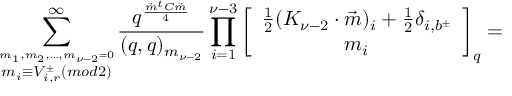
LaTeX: \sum _ { \stackrel { m _ { 1 } , m _ { 2 } , \ldots , m _ { \nu - 2 } = 0 } { m _ { i } \equiv V _ { i , r } ^ { \pm } ( m o d 2 ) } } ^ { \infty } \frac { q ^ { \frac { \vec { m } ^ { t } C \vec { m } } { 4 } } } { ( q , q ) _ { m _ { \nu - 2 } } } \prod _ { i = 1 } ^ { \nu - 3 } \left[ \begin{array} { c } { { \frac { 1 } { 2 } ( K _ { \nu - 2 } \cdot \vec { m } ) _ { i } + \frac { 1 } { 2 } \delta _ { i , b ^ { \pm } } } } \\ { { m _ { i } } } \end{array} \right] _ { q } =